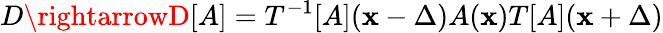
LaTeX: D\rightarrowD[A]=T^{-1}[A](\mathbf{x}-\Delta)A(\mathbf{x})T[A](\mathbf{x}+\Delta)